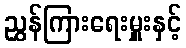
ညွှန်ကြားရေးမှူးနှင့်